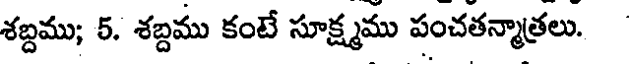
శబ్దము; 5. శబ్దము కంటే సూక్ష్మము పంచతన్మాత్రలు.